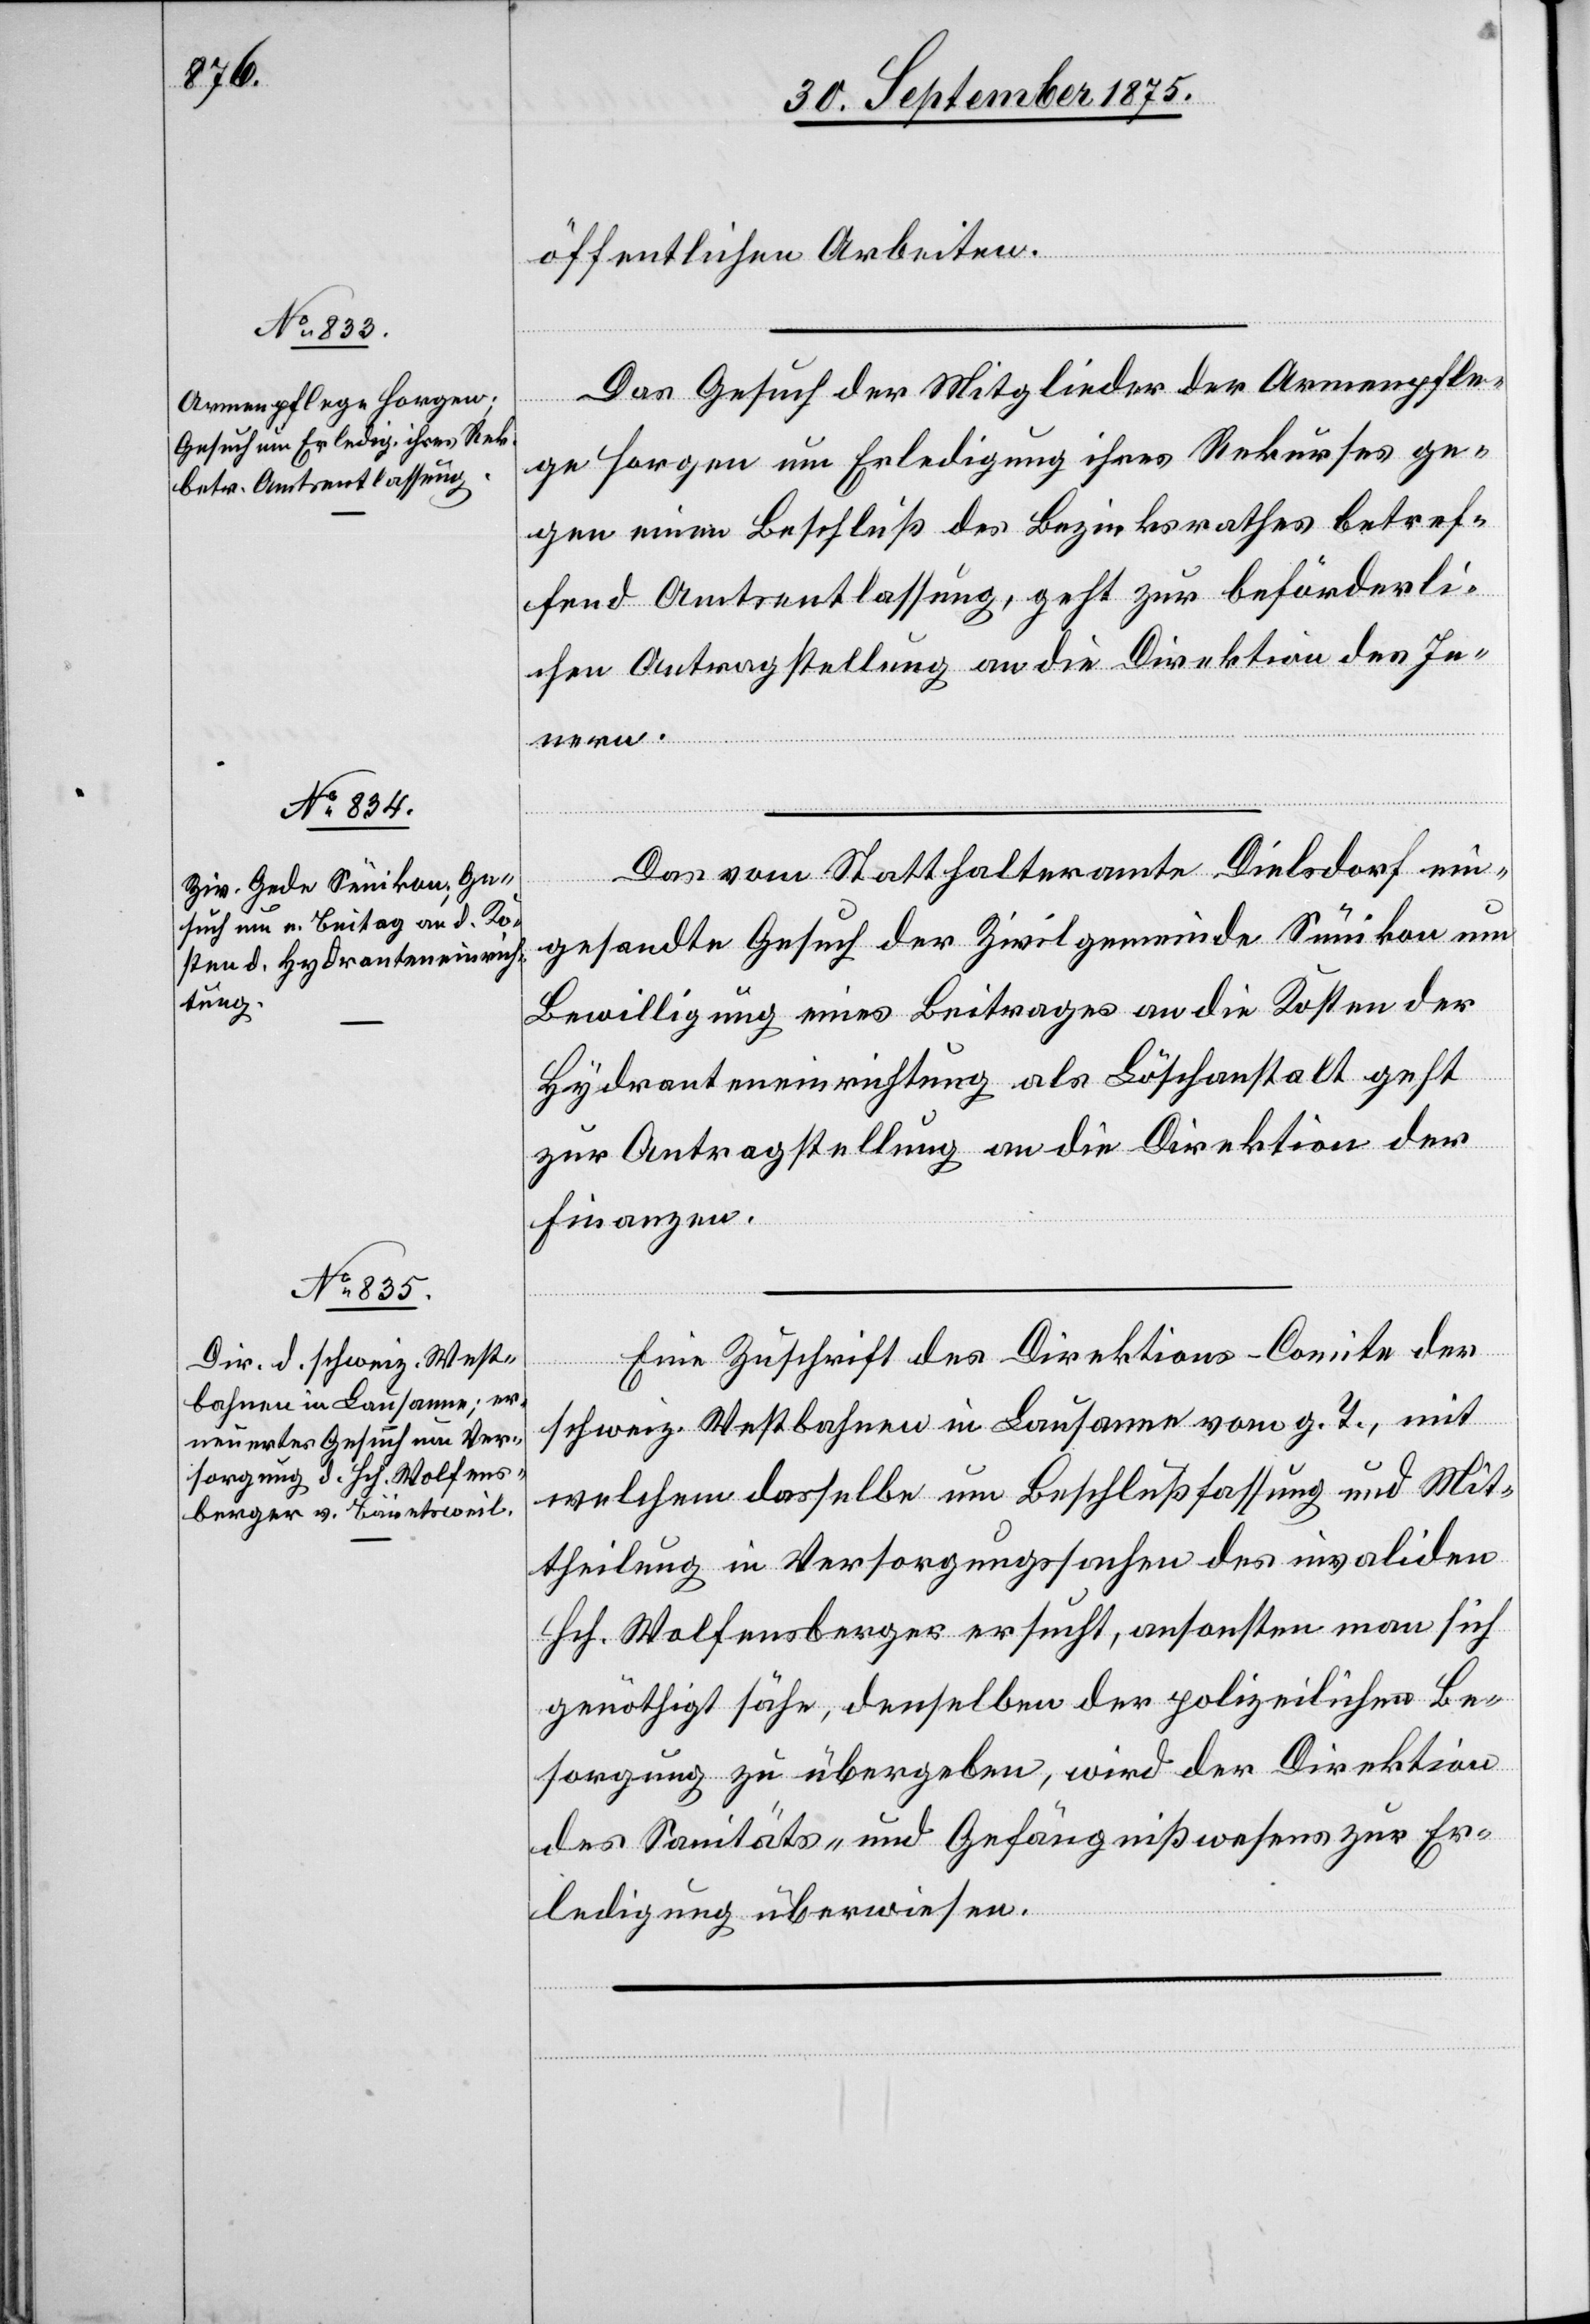
30. September 1875.]
öffentlichen Arbeiten.
Das Gesuch der Mitglieder der Armenpfle¬
ge Horgen um Erledigung ihres Rekurses ge¬
gen einen Beschluß des Bezirksrathes betref¬
fend Amtsentlassung, geht zur beförderli¬
chen Antragstellung an die Direktion des In¬
erfügungen
nern.
Das vom Statthalteramte Dielsdorf ein¬
gesandte Gesuch der Zivilgemeinde Sünikon um
Bewilligung eines Beitrages an die Kosten der
Hydranteneinrichtung als Löschanstalt geht
zur Antragstellung an die Direktion der
Finanzen.
Eine Zuschrift des Direktions-Comite der
schweiz. Westbahnen in Lausanne vom g. T., mit
welchem dasselbe um Beschlußfassung und Mit¬
theilung in Versorgungssachen des invaliden
Hch. Wolfensberger ersucht, ansonsten man sich
genöthigt sähe, denselben der polizeilichen Be¬
sorgung zu übergeben, wird der Direktion
des Sanitäts- und Gefängnißwesens zur Er¬
ledigung überwiesen.